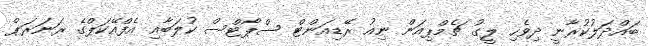
ބައްދަލުކުރާނީ ދިވެހި ލީގު ޗެމްޕިއަން ނިއު ރޭޑިއަންޓް ސްޕޯޓްސް ކުލަބާއި އެފްއޭކަޕްގެ ރަނަރަޕް